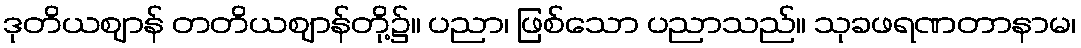
ဒုတိယဈာန် တတိယဈာန်တို့၌။ ပညာ၊ ဖြစ်သော ပညာသည်။ သုခဖရဏတာနာမ၊